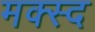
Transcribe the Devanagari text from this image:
मक्स्द